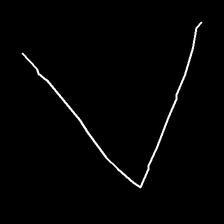
Glyph: region